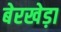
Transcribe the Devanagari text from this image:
बेरखेड़ा